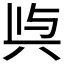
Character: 𭁉